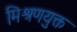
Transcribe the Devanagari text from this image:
मिश्रणयुक्त